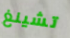
تشينغ